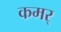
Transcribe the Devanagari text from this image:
कमर्